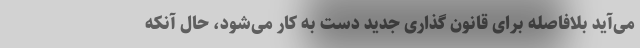
می‌آید بلافاصله برای قانون گذاری جدید دست به کار می‌شود، حال آنکه